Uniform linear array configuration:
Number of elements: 4
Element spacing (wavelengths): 0.25
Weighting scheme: binomial
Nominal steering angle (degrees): -45
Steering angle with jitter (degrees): -44.427
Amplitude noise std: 0.05
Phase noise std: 0.05

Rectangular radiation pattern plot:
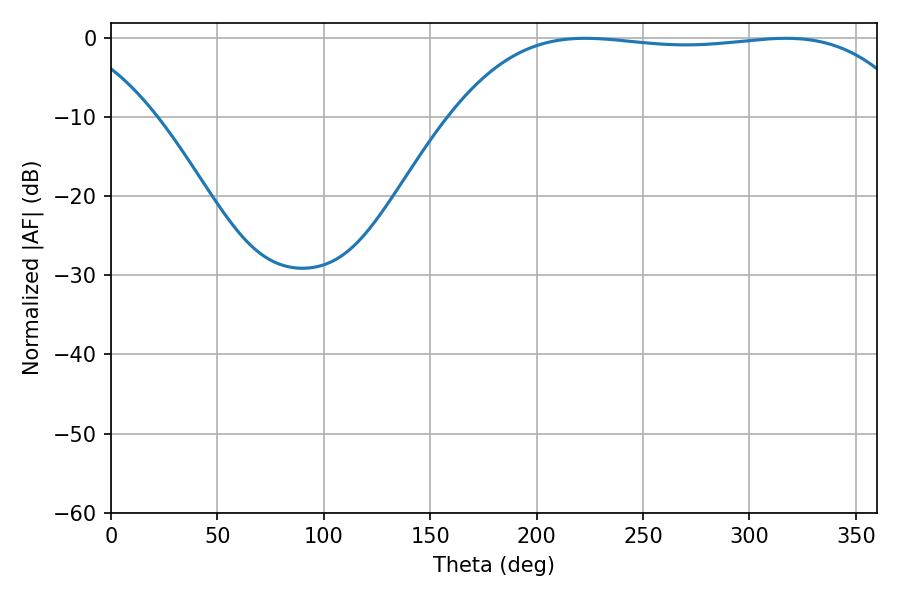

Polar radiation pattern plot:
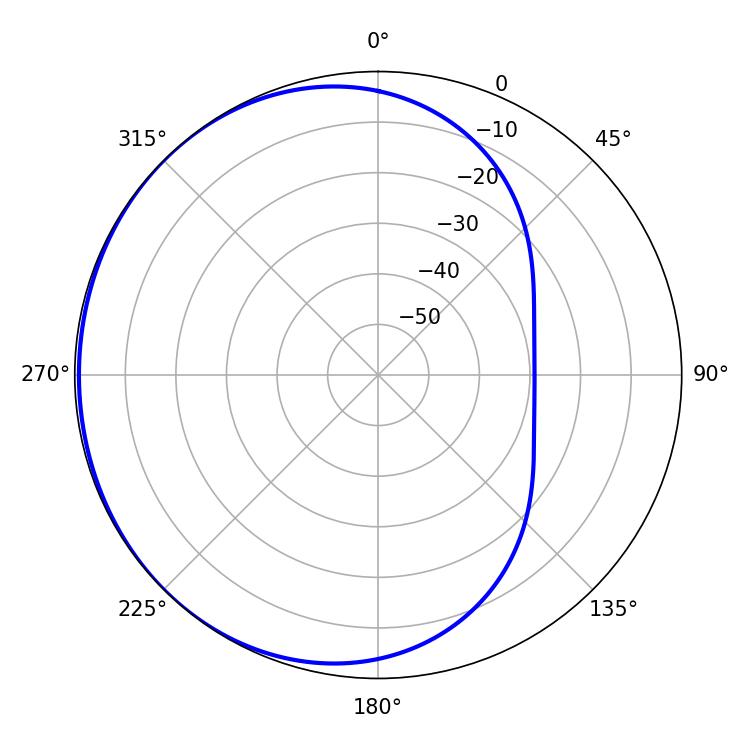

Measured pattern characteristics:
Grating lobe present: FALSE
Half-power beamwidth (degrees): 171
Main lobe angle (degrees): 222.84